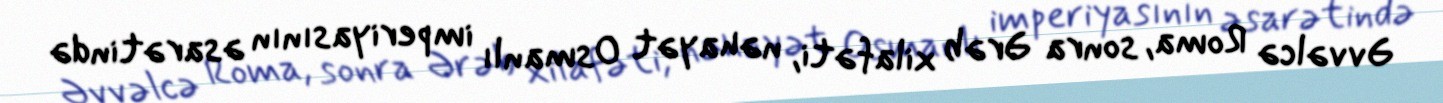
Əvvəlcə Roma, sonra Ərəb xilafəti, nəhayət Osmanlı imperiyasının əsarətində